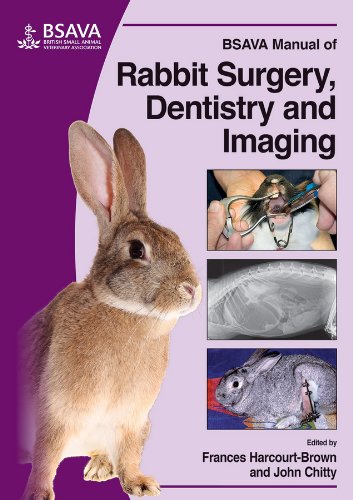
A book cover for BSAVA Manual of Rabbit Surgery, Dentistry and Imaging; Frances Harcourt-Brown; Crafts, Hobbies & Home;